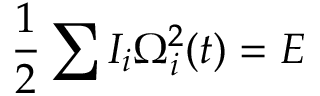
\frac 1 2 \sum I _ { i } \Omega _ { i } ^ { 2 } ( t ) = E